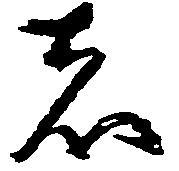
者